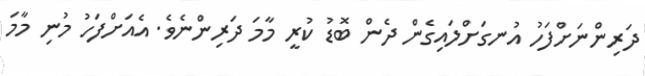
ދަރިންނަށްފަހު އުނގަށްލައިގެން ދެން ބޮޑު ކުރީ މާމަ ދަރިންނެވެ. އެއަށްފަހު މުނި މާމަ